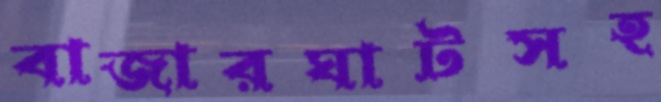
বাজারঘাটসহ